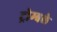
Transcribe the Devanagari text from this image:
ट्रोम्बले